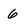
Character: 6